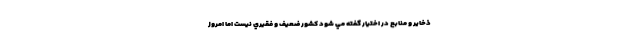
ذخاير و منابع در اختيار گفته مي شود كشور ضعيف و فقيري نيست اما امروز